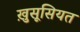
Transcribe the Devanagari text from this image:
खु़सूसियत